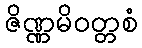
ဇိဏ္ဏမိဝတ္တစံ